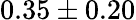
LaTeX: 0.35\pm 0.20